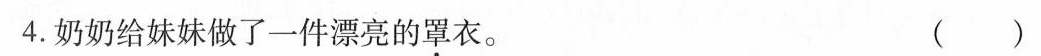
4.奶奶给妹妹做了一件漂亮的罩衣。 ( )